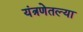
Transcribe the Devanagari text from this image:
यंत्रणेतल्या